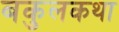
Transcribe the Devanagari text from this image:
बकुलकथा